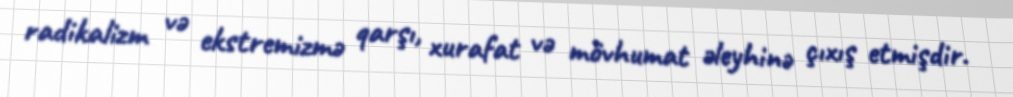
radikalizm və ekstremizmə qarşı, xurafat və mövhumat əleyhinə çıxış etmişdir.